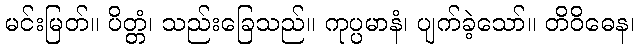
မင်းမြတ်။ ပိတ္တံ၊ သည်းခြေသည်။ ကုပ္ပမာနံ၊ ပျက်ခဲ့သော်။ တိဝိဓေန၊